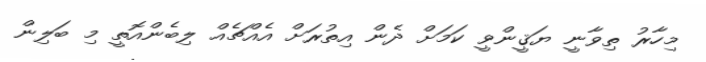
މިހާރު ތިވާނީ ޔަޤީންވީ ކަމަށް ދެން އިތުރަށް އެއްޗެއް ލިބެންއޮތީ މި ބަލިން